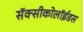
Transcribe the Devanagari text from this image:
सॅक्सीकोलॉईडस